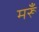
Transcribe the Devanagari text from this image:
मरूँ